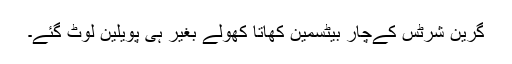
گرین شرٹس کےچار بیٹسمین کھاتا کھولے بغیر ہی پویلین لوٹ گئے۔